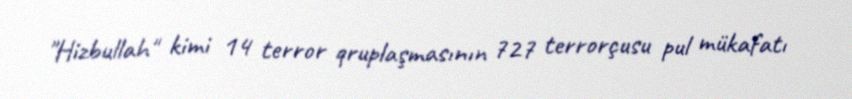
"Hizbullah" kimi 14 terror qruplaşmasının 727 terrorçusu pul mükafatı